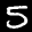
Label: 5